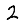
Digit: 2